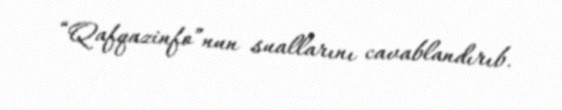
“Qafqazinfo”nun suallarını cavablandırıb.